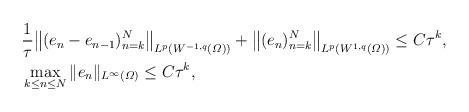
LaTeX: \begin{align*}&\frac{1}{\tau}\big\|(e_n-e_{n-1} )_{n=k}^N\big\|_{ L^p(W^{-1,q}(\varOmega))} + \big\|(e_n )_{n=k}^N\big\|_{ L^p(W^{1,q}(\varOmega))} \le C\tau^k , \\& \max_{k\le n\le N} \|e_n \|_{L^\infty(\varOmega)} \le C\tau^k , \end{align*}